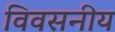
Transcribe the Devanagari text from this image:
विवसनीय